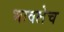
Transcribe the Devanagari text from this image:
भावलेच